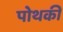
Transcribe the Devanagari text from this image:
पोथकी